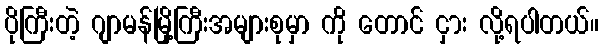
ပိုကြီးတဲ့ ဂျာမန်မြို့ကြီးအများစုမှာ ကို တောင် ငှား လို့ရပါတယ်။